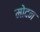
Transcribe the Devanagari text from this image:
मोदन